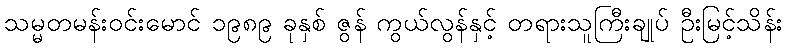
သမ္မတမန်းဝင်းမောင် ၁၉၈၉ ခုနှစ် ဇွန် ကွယ်လွန်နှင့် တရားသူကြီးချုပ် ဦးမြင့်သိန်း